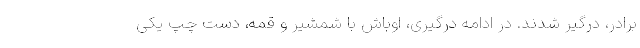
برادر، درگیر شدند. در ادامه درگیری، اوباش با شمشیر و قمه، دست چپ یکی